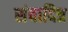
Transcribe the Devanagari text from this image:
संवादित्र